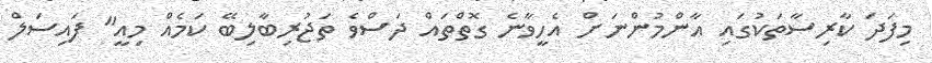
މިފަދަ ކާރިސާތަކުގައި އާންމުންނަށް އެހީވާނެ ގޮތްތައް ދަސްވެ ތަޖުރިބާލިބޭ ކަމެއް މިއީ" ފައިސަލް